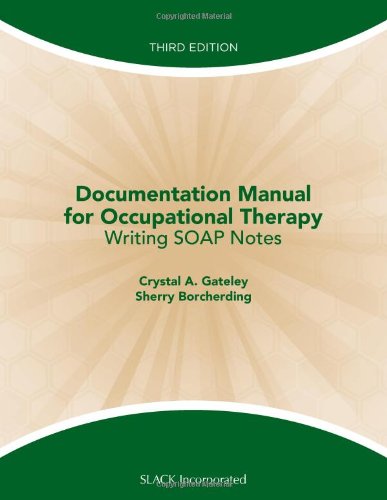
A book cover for Documentation Manual for Occupational Therapy: Writing SOAP Notes; Crystal Gateley MA  OTR/L; Medical Books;